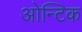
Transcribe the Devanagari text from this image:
ओन्टिक